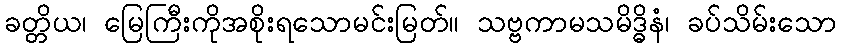
ခတ္တိယ၊ မြေကြီးကိုအစိုးရသောမင်းမြတ်။ သဗ္ဗကာမသမိဒ္ဓိနံ၊ ခပ်သိမ်းသော